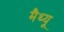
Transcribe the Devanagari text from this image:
मैथ्‍यू